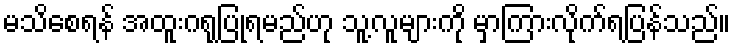
မသိစေရန် အထူးဂရုပြုရမည်ဟု သူ့လူများကို မှာကြားလိုက်ရပြန်သည်။